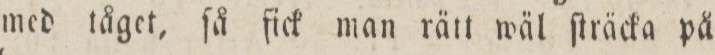
med tåget, ſå ſick man rätt wäl ſträcka på